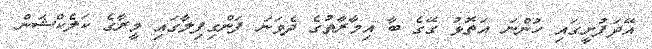
އޭދަފުށީގައި ހުންނަ އަތޮޅު ގޭގެ ބާ އިމާރާތުގެ ދެވަނަ ފަންގިފިލާގައި މީރާގެ ކަލެކްޝަން